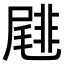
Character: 𡳕